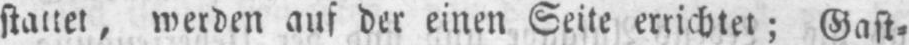
stattet, werden auf der einen Seite errichtet; Gast⸗